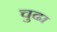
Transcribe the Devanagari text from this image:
चुढा